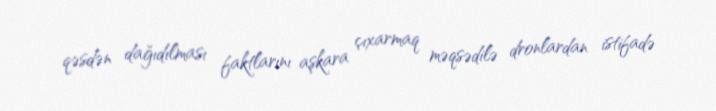
qəsdən dağıdılması faktlarını aşkara çıxarmaq məqsədilə dronlardan istifadə